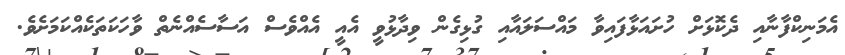
އެމަނިކްފާނާއި ދެކޮޅަށް ހުށައަޅާފައިވާ މައްސަލައާއި ގުޅިގެން ވިދާޅުވީ އެއީ އެއްވެސް އަސާސެއްނެތް ވާހަކަތަކެއްކަމަށެވެ.